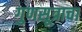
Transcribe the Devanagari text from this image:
गुणसूत्राचा